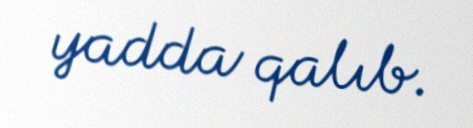
yadda qalıb.